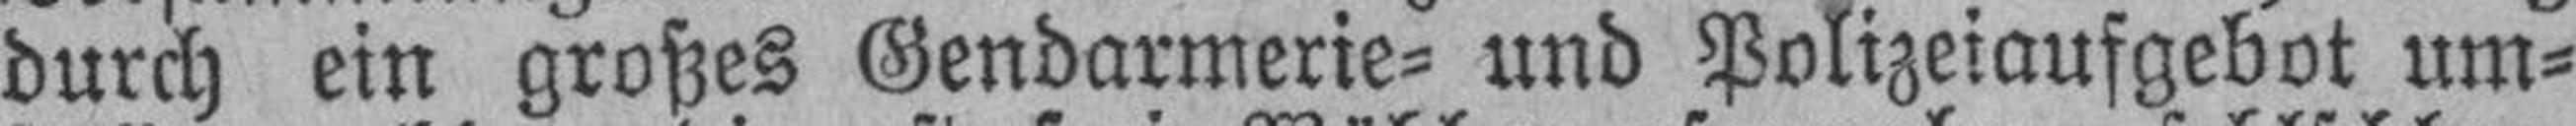
durch ein großes Gendarmerie= und Polizeiaufgebot um¬